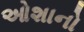
ઓશાનો